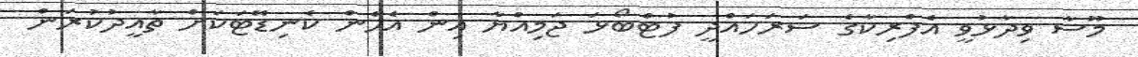
މޫސާ ވިދާޅުވީ އެފްރިކާގެ ސަރަހައްދީ ފުޓްބޯޅަ ޖަމިއްޔާ އިން އެހެން ކެނިޑޭޓަކަށް ތާއީދުކުރަން